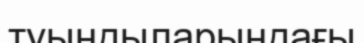
туындыларындағы